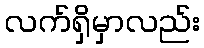
လက်ရှိမှာလည်း